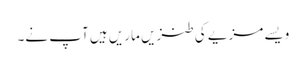
ویسے مزیے کی طنزیں ماریں ہیں آپ نے۔